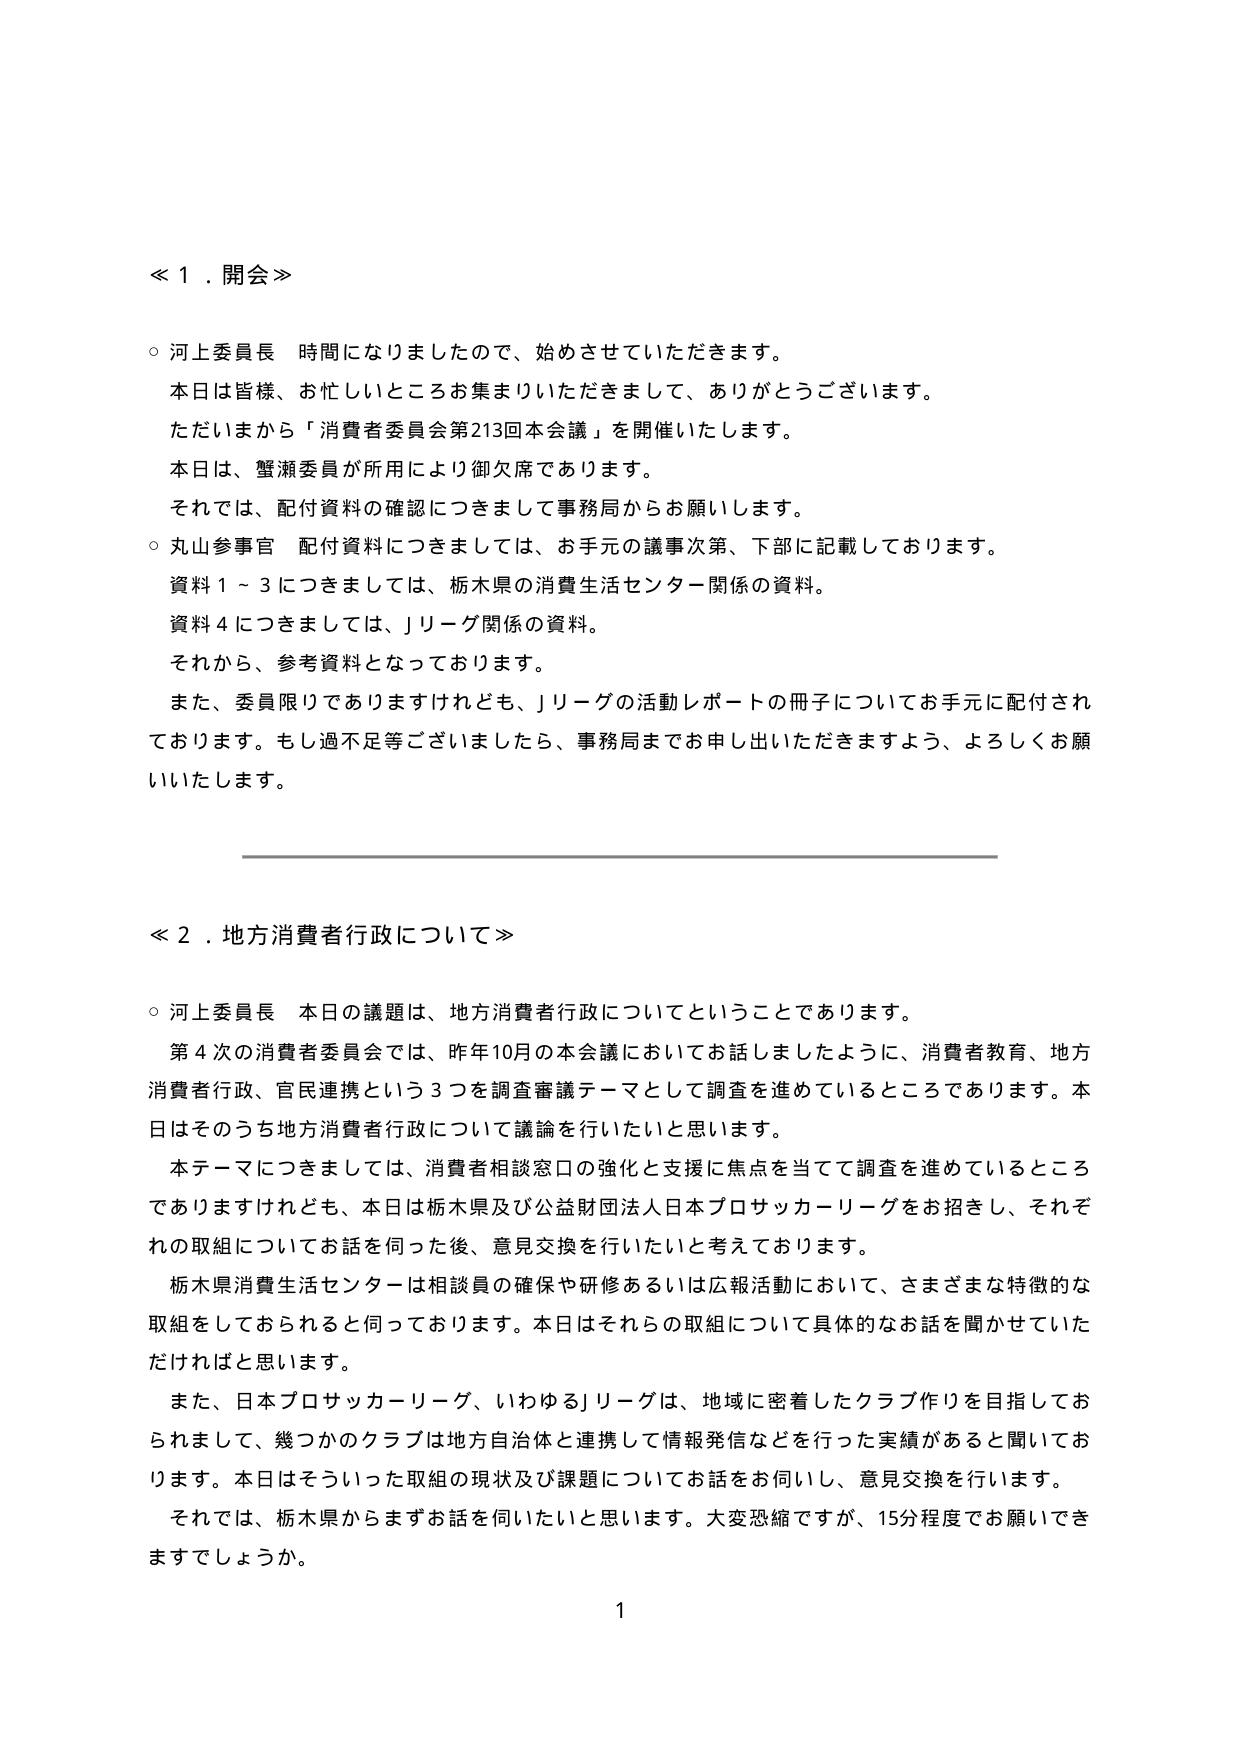
≪１．開会≫

○ 河上委員長 時間になりましたので、始めさせていただきます。
本日は皆様、お忙しいところお集まりいただきまして、ありがとうございます。
ただいまから「消費者委員会第213回本会議」を開催いたします。
本日は、蟹瀬委員が所用により御欠席であります。
それでは、配付資料の確認につきまして事務局からお願いします。

○ 丸山参事官 配付資料につきましては、お手元の議事次第、下部に記載しております。
資料１～３につきましては、栃木県の消費生活センター関係の資料。
資料４につきましては、Ｊリーグ関係の資料。
それから、参考資料となっております。
また、委員限りでありますけれども、Ｊリーグの活動レポートの冊子についてお手元に配付されております。もし過不足等ございましたら、事務局までお申し出いただきますよう、よろしくお願いいたします。

≪２．地方消費者行政について≫

○ 河上委員長 本日の議題は、地方消費者行政についてということであります。
第４次の消費者委員会では、昨年10月の本会議においてお話しましたように、消費者教育、地方消費者行政、官民連携という３つを調査審議テーマとして調査を進めているところであります。本日はそのうち地方消費者行政について議論を行いたいと思います。
本テーマにつきましては、消費者相談窓口の強化と支援に焦点を当てて調査を進めているところでありますけれども、本日は栃木県及び公益財団法人日本プロサッカーリーグをお招きし、それぞれの取組についてお話を伺った後、意見交換を行いたいと考えております。
栃木県消費生活センターは相談員の確保や研修あるいは広報活動において、さまざまな特徴的な取組をしておられると思っております。本日はそれらの取組について具体的なお話を聞かせていただければと思います。
また、日本プロサッカーリーグ、いわゆるＪリーグは、地域に密着したクラブ作りを目指しておられまして、幾つかのクラブは地方自治体と連携して情報発信などを行った実績があると聞いております。本日はそういった取組の現状及び課題についてお話をお伺いし、意見交換を行います。
それでは、栃木県からまずお話を伺いたいと思います。大変恐縮ですが、15分程度でお願いできますでしょうか。

1